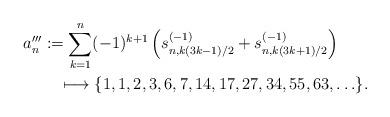
LaTeX: \begin{align*} a_{n}^{\prime\prime\prime} & := \sum_{k=1}^n (-1)^{k+1}\left( s_{n,k(3k-1)/2}^{(-1)} + s_{n,k(3k+1)/2}^{(-1)} \right) \\ & \quad\longmapsto \{1,1,2,3,6,7,14,17,27,34,55,63,\ldots\}. \end{align*}